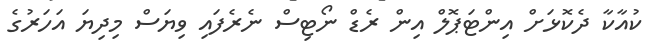
ކުއާކާ ދެކޮޅަށް އިންޓަޕޮލް އިން ރެޑް ނޯޓިސް ނެރެފައި ވިޔަސް މިދިޔަ އަހަރުގެ